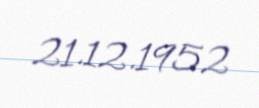
21.12.1952